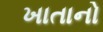
ખાતાનો